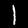
Digit: 1